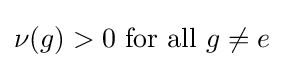
\nu (g)>0{\text{ for all }}g\neq e